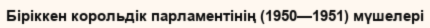
Біріккен корольдік парламентінің (1950—1951) мүшелері